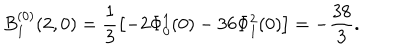
LaTeX: B _ { 1 } ^ { ( 0 ) } ( 2 , 0 ) = \frac { 1 } { 3 } \left[ - 2 \Phi _ { 0 } ^ { 1 } ( 0 ) - 3 6 \Phi _ { 1 } ^ { 2 } ( 0 ) \right] = - \frac { 3 8 } { 3 } .